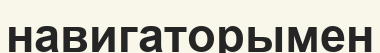
навигаторымен